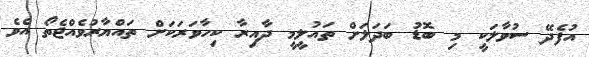
އުފެދޭ ސުވާލަކީ މި ބޮޑު ބަދަލަށް ތައުލީމީ ދާއިރާ ކިހާވަރަކަށް ތައްޔާރުވެއްޖެތޯ އެވެ